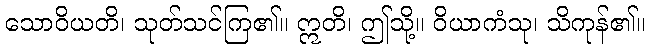
သောဝိယတိ၊ သုတ်သင်ကြ၏။ ဣတိ၊ ဤသို့။ ဝိယာကံသု၊ သိကုန်၏။